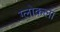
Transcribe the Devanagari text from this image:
ग्लोकला